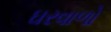
ઘરવાળો